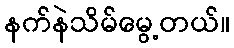
နက်နဲသိမ်မွေ့တယ်။